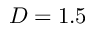
D = 1 . 5